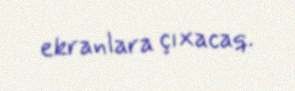
ekranlara çıxacaq.